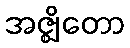
အဇ္ဈိတော